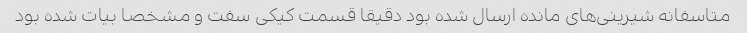
متاسفانه شیرینی‌های مانده ارسال شده بود دقیقا قسمت کیکی سفت و مشخصا بیات شده بود